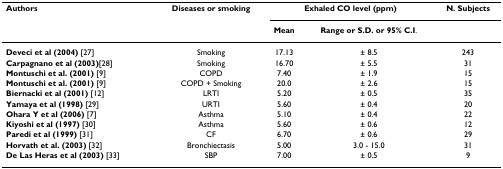
<table><thead><tr><td><b>Authors</b></td><td><b>Diseases or smoking</b></td><td colspan="2"><b>Exhaled CO level (ppm)</b></td><td><b>N. Subjects</b></td></tr><tr><td></td><td></td><td><b>Mean</b></td><td><b>Range or S.D. or 95% C.I.</b></td><td></td></tr></thead><tbody><tr><td><b>Deveci et al (2004) </b>[27]</td><td>Smoking</td><td>17.13</td><td>± 8.5</td><td>243</td></tr><tr><td><b>Carpagnano et al (2003)</b>[28]</td><td>Smoking</td><td>16.70</td><td>± 5.5</td><td>31</td></tr><tr><td><b>Montuschi et al. (2001) </b>[9]</td><td>COPD</td><td>7.40</td><td>± 1.9</td><td>15</td></tr><tr><td><b>Montuschi et al. (2001) </b>[9]</td><td>COPD + Smoking</td><td>20.0</td><td>± 2.6</td><td>15</td></tr><tr><td><b>Biernacki et al (2001) </b>[12]</td><td>LRTI</td><td>5.20</td><td>± 0.5</td><td>35</td></tr><tr><td><b>Yamaya et al (1998) </b>[29]</td><td>URTI</td><td>5.60</td><td>± 0.4</td><td>20</td></tr><tr><td><b>Ohara Y et al (2006) </b>[7]</td><td>Asthma</td><td>5.10</td><td>± 0.4</td><td>22</td></tr><tr><td><b>Kiyoshi et al (1997) </b>[30]</td><td>Asthma</td><td>5.60</td><td>± 0.6</td><td>12</td></tr><tr><td><b>Paredi et al (1999) </b>[31]</td><td>CF</td><td>6.70</td><td>± 0.6</td><td>29</td></tr><tr><td><b>Horvath et al. (2003) </b>[32]</td><td>Bronchiectasis</td><td>5.00</td><td>3.0 - 15.0</td><td>31</td></tr><tr><td><b>De Las Heras et al (2003) </b>[33]</td><td>SBP</td><td>7.00</td><td>± 0.5</td><td>9</td></tr></tbody></table>